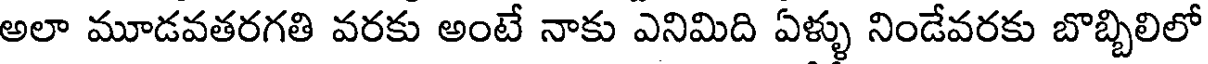
అలా మూడవతరగతి వరకు అంటే నాకు ఎనిమిది ఏళ్ళు నిండేవరకు బొబ్బిలిలో